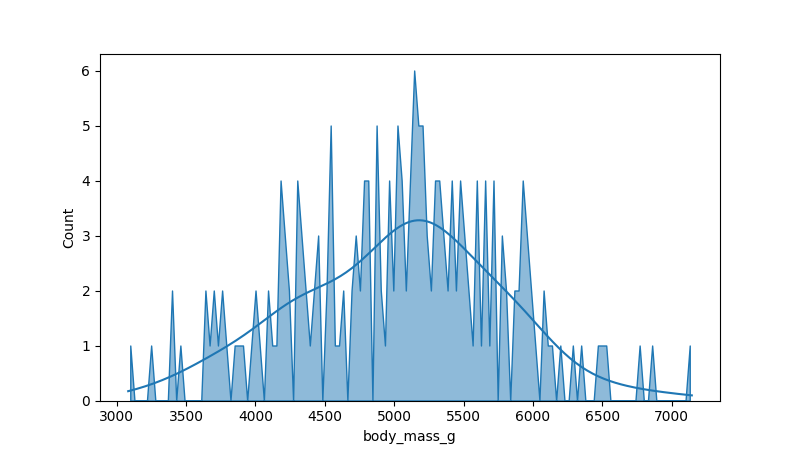
python, seaborn, histplot, hue='all', binwidth=30, bins='10', element='poly'